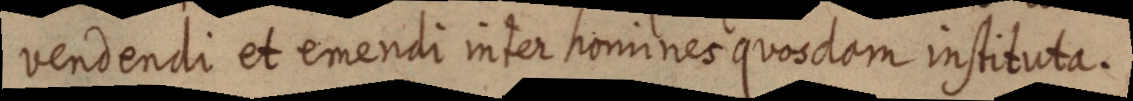
vendendi et emendi inter homines quosdam instituta.